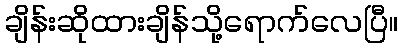
ချိန်းဆိုထားချိန်သို့ရောက်လေပြီ။